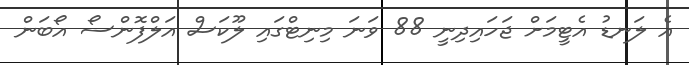
އެ ލަނޑު އެޓީމަށް ޖަހައިދިނީ 88 ވަނަ މިނިޓްގައި ލޫކަސް އަލްފޮންސޯ އޯބަން